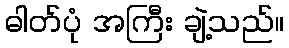
ဓါတ်ပုံ အကြီး ချဲ့သည်။